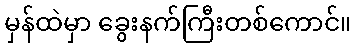
မှန်ထဲမှာ ခွေးနက်ကြီးတစ်ကောင်။